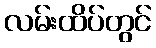
လမ်းထိပ်တွင်